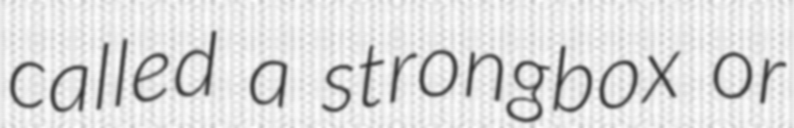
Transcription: called a strongbox or